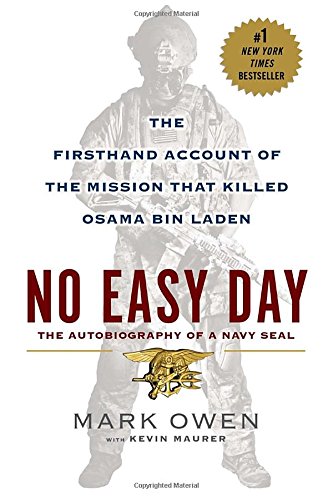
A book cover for No Easy Day: The Firsthand Account of the Mission that Killed Osama Bin Laden; Mark Owen; Biographies & Memoirs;